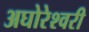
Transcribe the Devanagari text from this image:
अघोरेश्वरी